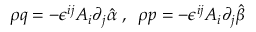
\rho q = - \epsilon ^ { i j } A _ { i } \partial _ { j } \hat { \alpha } \; , \; \; \rho p = - \epsilon ^ { i j } A _ { i } \partial _ { j } \hat { \beta }